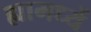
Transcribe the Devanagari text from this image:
ह्यामध्यें